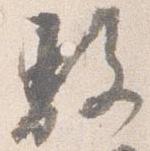
敷